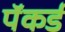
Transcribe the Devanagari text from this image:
पॅकर्ड